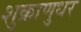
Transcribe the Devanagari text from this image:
शुक्राणुधर